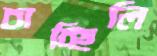
চাচ্ছিলি